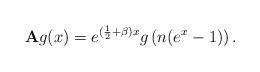
LaTeX: \begin{align*}\mathbf{A}g(x)=e^{(\frac{1}{2}+\beta)x}g\left( n(e^{x}-1)\right).\end{align*}